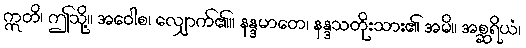
ဣတိ၊ ဤသို့။ အဝေါစ၊ လျှောက်၏။ နန္ဒမာတေ၊ နန္ဒသတိုးသား၏ အမိ။ အစ္ဆရိယံ၊